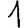
Digit: 1